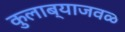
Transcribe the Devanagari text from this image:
कुलाब्याजवळ